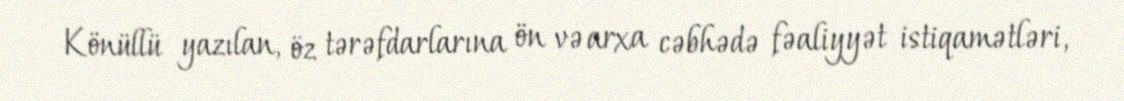
Könüllü yazılan, öz tərəfdarlarına ön və arxa cəbhədə fəaliyyət istiqamətləri,